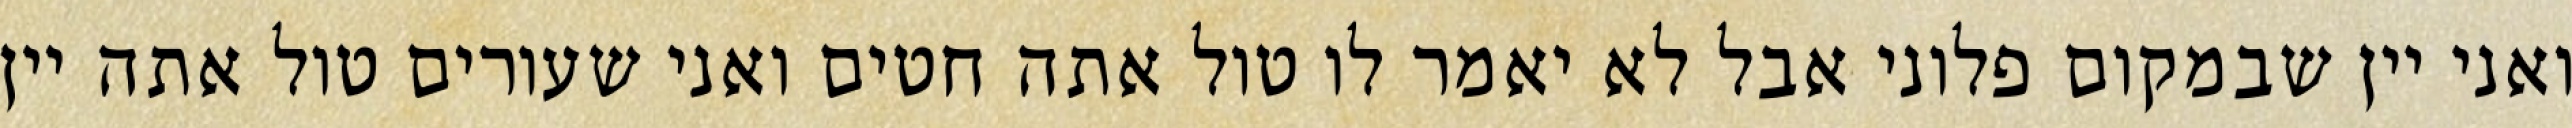
ואני יין שבמקום פלוני אבל לא יאמר לו טול אתה חטים ואני שעורים טול אתה יין